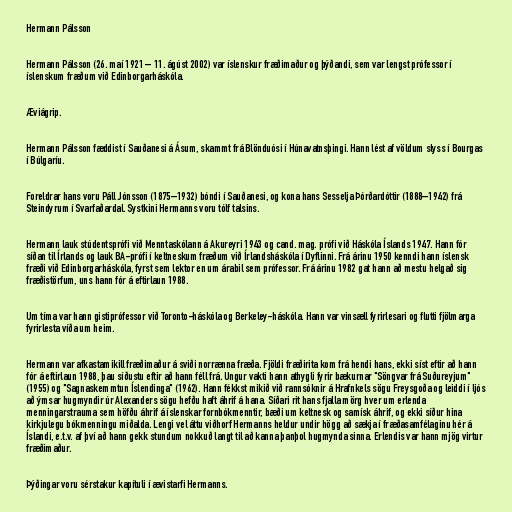
Hermann Pálsson

Hermann Pálsson (26. maí 1921 – 11. ágúst 2002) var íslenskur fræðimaður og þýðandi, sem var lengst prófessor í
íslenskum fræðum við Edinborgarháskóla.

Æviágrip.

Hermann Pálsson fæddist í Sauðanesi á Ásum, skammt frá Blönduósi í Húnavatnsþingi. Hann lést af völdum slyss í Bourgas
í Búlgaríu.

Foreldrar hans voru Páll Jónsson (1875–1932) bóndi í Sauðanesi, og kona hans Sesselja Þórðardóttir (1888–1942) frá
Steindyrum í Svarfaðardal. Systkini Hermanns voru tólf talsins.

Hermann lauk stúdentsprófi við Menntaskólann á Akureyri 1943 og cand. mag. prófi við Háskóla Íslands 1947. Hann fór
síðan til Írlands og lauk BA-prófi í keltneskum fræðum við Írlandsháskóla í Dyflinni. Frá árinu 1950 kenndi hann íslensk
fræði við Edinborgarháskóla, fyrst sem lektor en um árabil sem prófessor. Frá árinu 1982 gat hann að mestu helgað sig
fræðistörfum, uns hann fór á eftirlaun 1988.

Um tíma var hann gistiprófessor við Toronto-háskóla og Berkeley-háskóla. Hann var vinsæll fyrirlesari og flutti fjölmarga
fyrirlesta víða um heim.

Hermann var afkastamikill fræðimaður á sviði norrænna fræða. Fjöldi fræðirita kom frá hendi hans, ekki síst eftir að hann
fór á eftirlaun 1988, þau síðustu eftir að hann féll frá. Ungur vakti hann athygli fyrir bækurnar "Söngvar frá Suðureyjum"
(1955) og "Sagnaskemmtun Íslendinga" (1962). Hann fékkst mikið við rannsóknir á Hrafnkels sögu Freysgoða og leiddi í ljós
að ýmsar hugmyndir úr Alexanders sögu hefðu haft áhrif á hana. Síðari rit hans fjalla mörg hver um erlenda
menningarstrauma sem höfðu áhrif á íslenskar fornbókmenntir, bæði um keltnesk og samísk áhrif, og ekki síður hina
kirkjulegu bókmenningu miðalda. Lengi vel áttu viðhorf Hermanns heldur undir högg að sækja í fræðasamfélaginu hér á
Íslandi, e.t.v. af því að hann gekk stundum nokkuð langt til að kanna þanþol hugmynda sinna. Erlendis var hann mjög virtur
fræðimaður.

Þýðingar voru sérstakur kapítuli í ævistarfi Hermanns.